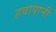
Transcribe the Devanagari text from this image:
हवापानी